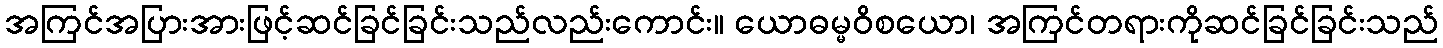
အကြင်အပြားအားဖြင့်ဆင်ခြင်ခြင်းသည်လည်းကောင်း။ ယောဓမ္မဝိစယော၊ အကြင်တရားကိုဆင်ခြင်ခြင်းသည်